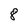
Character: 8